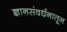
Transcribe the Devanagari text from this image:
ज्ञानसंवर्धनातून